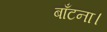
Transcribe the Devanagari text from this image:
बाँटना।